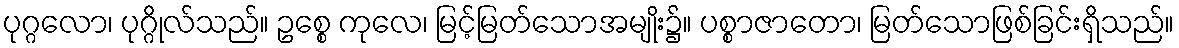
ပုဂ္ဂလော၊ ပုဂ္ဂိုလ်သည်။ ဥစ္စေ ကုလေ၊ မြင့်မြတ်သောအမျိုး၌။ ပစ္စာဇာတော၊ မြတ်သောဖြစ်ခြင်းရှိသည်။